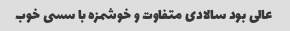
عالی بود سالادی متفاوت و خوشمزه با سسی خوب